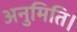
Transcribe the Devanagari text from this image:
अनुमिति।